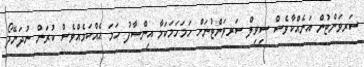
ސަރވަންޓުން އަނެއްކާވެސް ސިވިލް ސަރވަންޓުނަށް ހަމަހަމަކަމާ އިންސާފު ހަމަ އެއްކަމެއްވެސް ކުރަން ނުދަނޭދޯ